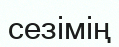
сезімің